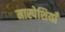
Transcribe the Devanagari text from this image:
मास्पेशियाँ